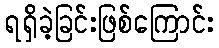
ရရှိခဲ့ခြင်းဖြစ်ကြောင်း